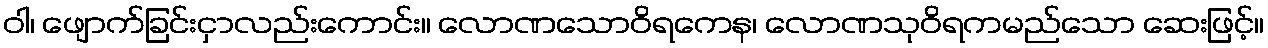
ဝါ၊ ဖျောက်ခြင်းငှာလည်းကောင်း။ လောဏသောဝိရကေန၊ လောဏသုဝိရကမည်သော ဆေးဖြင့်။